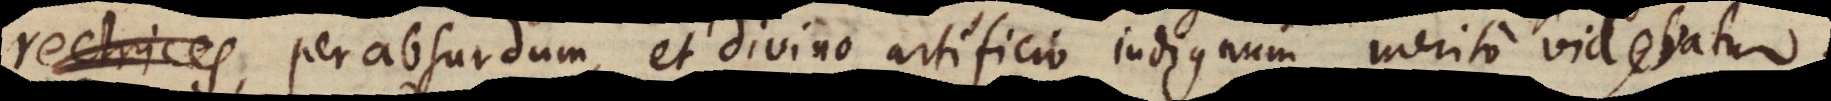
affingere, perabsurdum, et divino artificio indignum merito videbatur